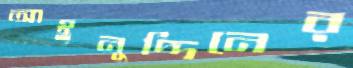
আইনুদ্দিনের